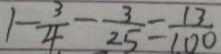
1 - \frac { 3 } { 4 } - \frac { 3 } { 2 5 } = \frac { 1 3 } { 1 0 0 }